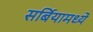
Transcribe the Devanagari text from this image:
सर्बियामध्ये